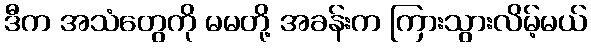
ဒီက အသံတွေကို မမတို့ အခန်းက ကြားသွားလိမ့်မယ်